Report of an investigation into the causes of the diseases known in Assam as Kála-Azár and Beri-Beri
Disease focus: Beri-Beri
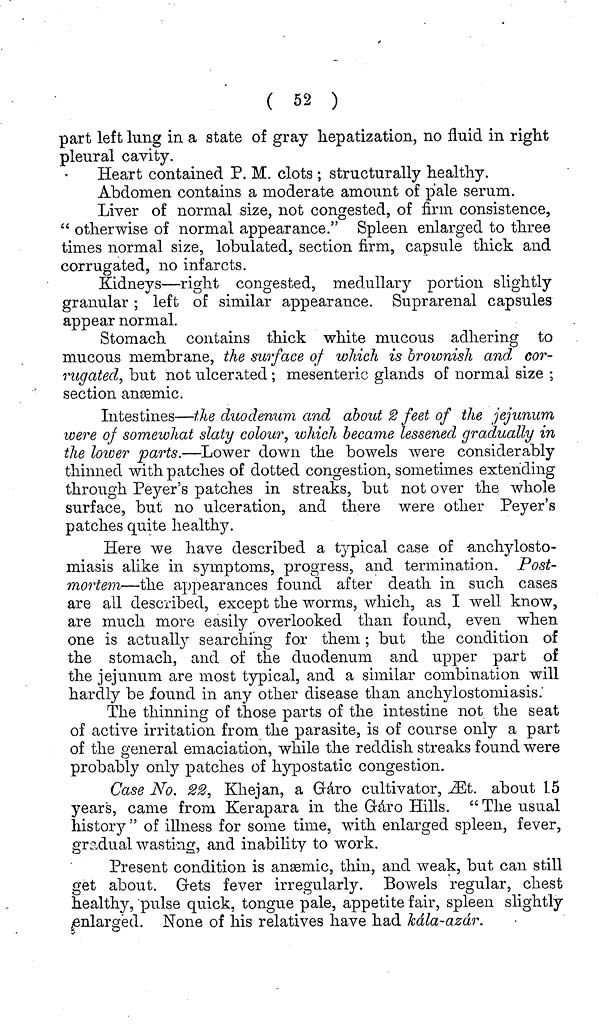
( 52 )
part left lung in a state of gray hepatization, no fluid in right
pleural cavity.
Heart contained P. M. clots ; structurally healthy.
Abdomen contains a moderate amount of pale serum.
Liver of normal size, not congested, of firm consistence,
" otherwise of normal appearance." Spleen enlarged to three
times normal size, lobulated, section firm, capsule thick and
corrugated, no infarcts.
Kidneys—right congested, medullary portion slightly
granular; left of similar appearance. Suprarenal capsules
appear normal.
Stomach contains thick white mucous adhering to
mucous membrane, the surface of which is brownish and cor-
rugated., but not ulcerated ; mesenteric glands of normal size ;
section anæmic.
Intestines—the duodenum and about 2 feet of the jejunum
were of somewhat slaty colour, which became lessened gradually in
the lower parts.—Lower down the bowels were considerably
thinned with patches of dotted congestion, sometimes extending
through Peyer's patches in streaks, but not over the whole
surface, but no ulceration, and there were other Peyer's
patches quite healthy.
Here we have described a typical case of -anchylosto
miasis alike in symptoms, progress, and termination. Post-
mortem—the appearances found after death in such cases
are all described, except the worms, which, as I well know,
are much more easily overlooked than found, even when
one is actually searching for them; but the condition of
the stomach, and of the duodenum and upper part of
the jejunum are most typical, and a similar combination will
hardly be found in any other disease than anchylostomiasis.
The thinning of those parts of the intestine not the seat
of active irritation from the parasite, is of course only a part
of the general emaciation, while the reddish streaks found were
probably only patches of hypostatic congestion.
Case No. 22, Khejan, a Gáro cultivator, Æt. about 1.5
years, came from Kerapara in the Gráro Hills. " The usual
history " of illness for some time, with enlarged spleen, fever,
gradual wasting, and inability to work.
Present condition, is anæmic, thin, and weak, but can still
get about. Gets fever irregularly. Bowels regular, chest
healthy, pulse quick, tongue pale, appetite fair, spleen slightly
enlarged. None of his relatives have had kála-azár.